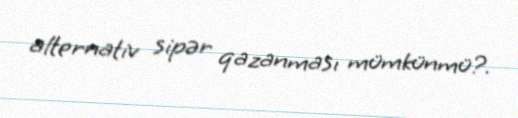
alternativ sipər qazanması mümkünmü?.